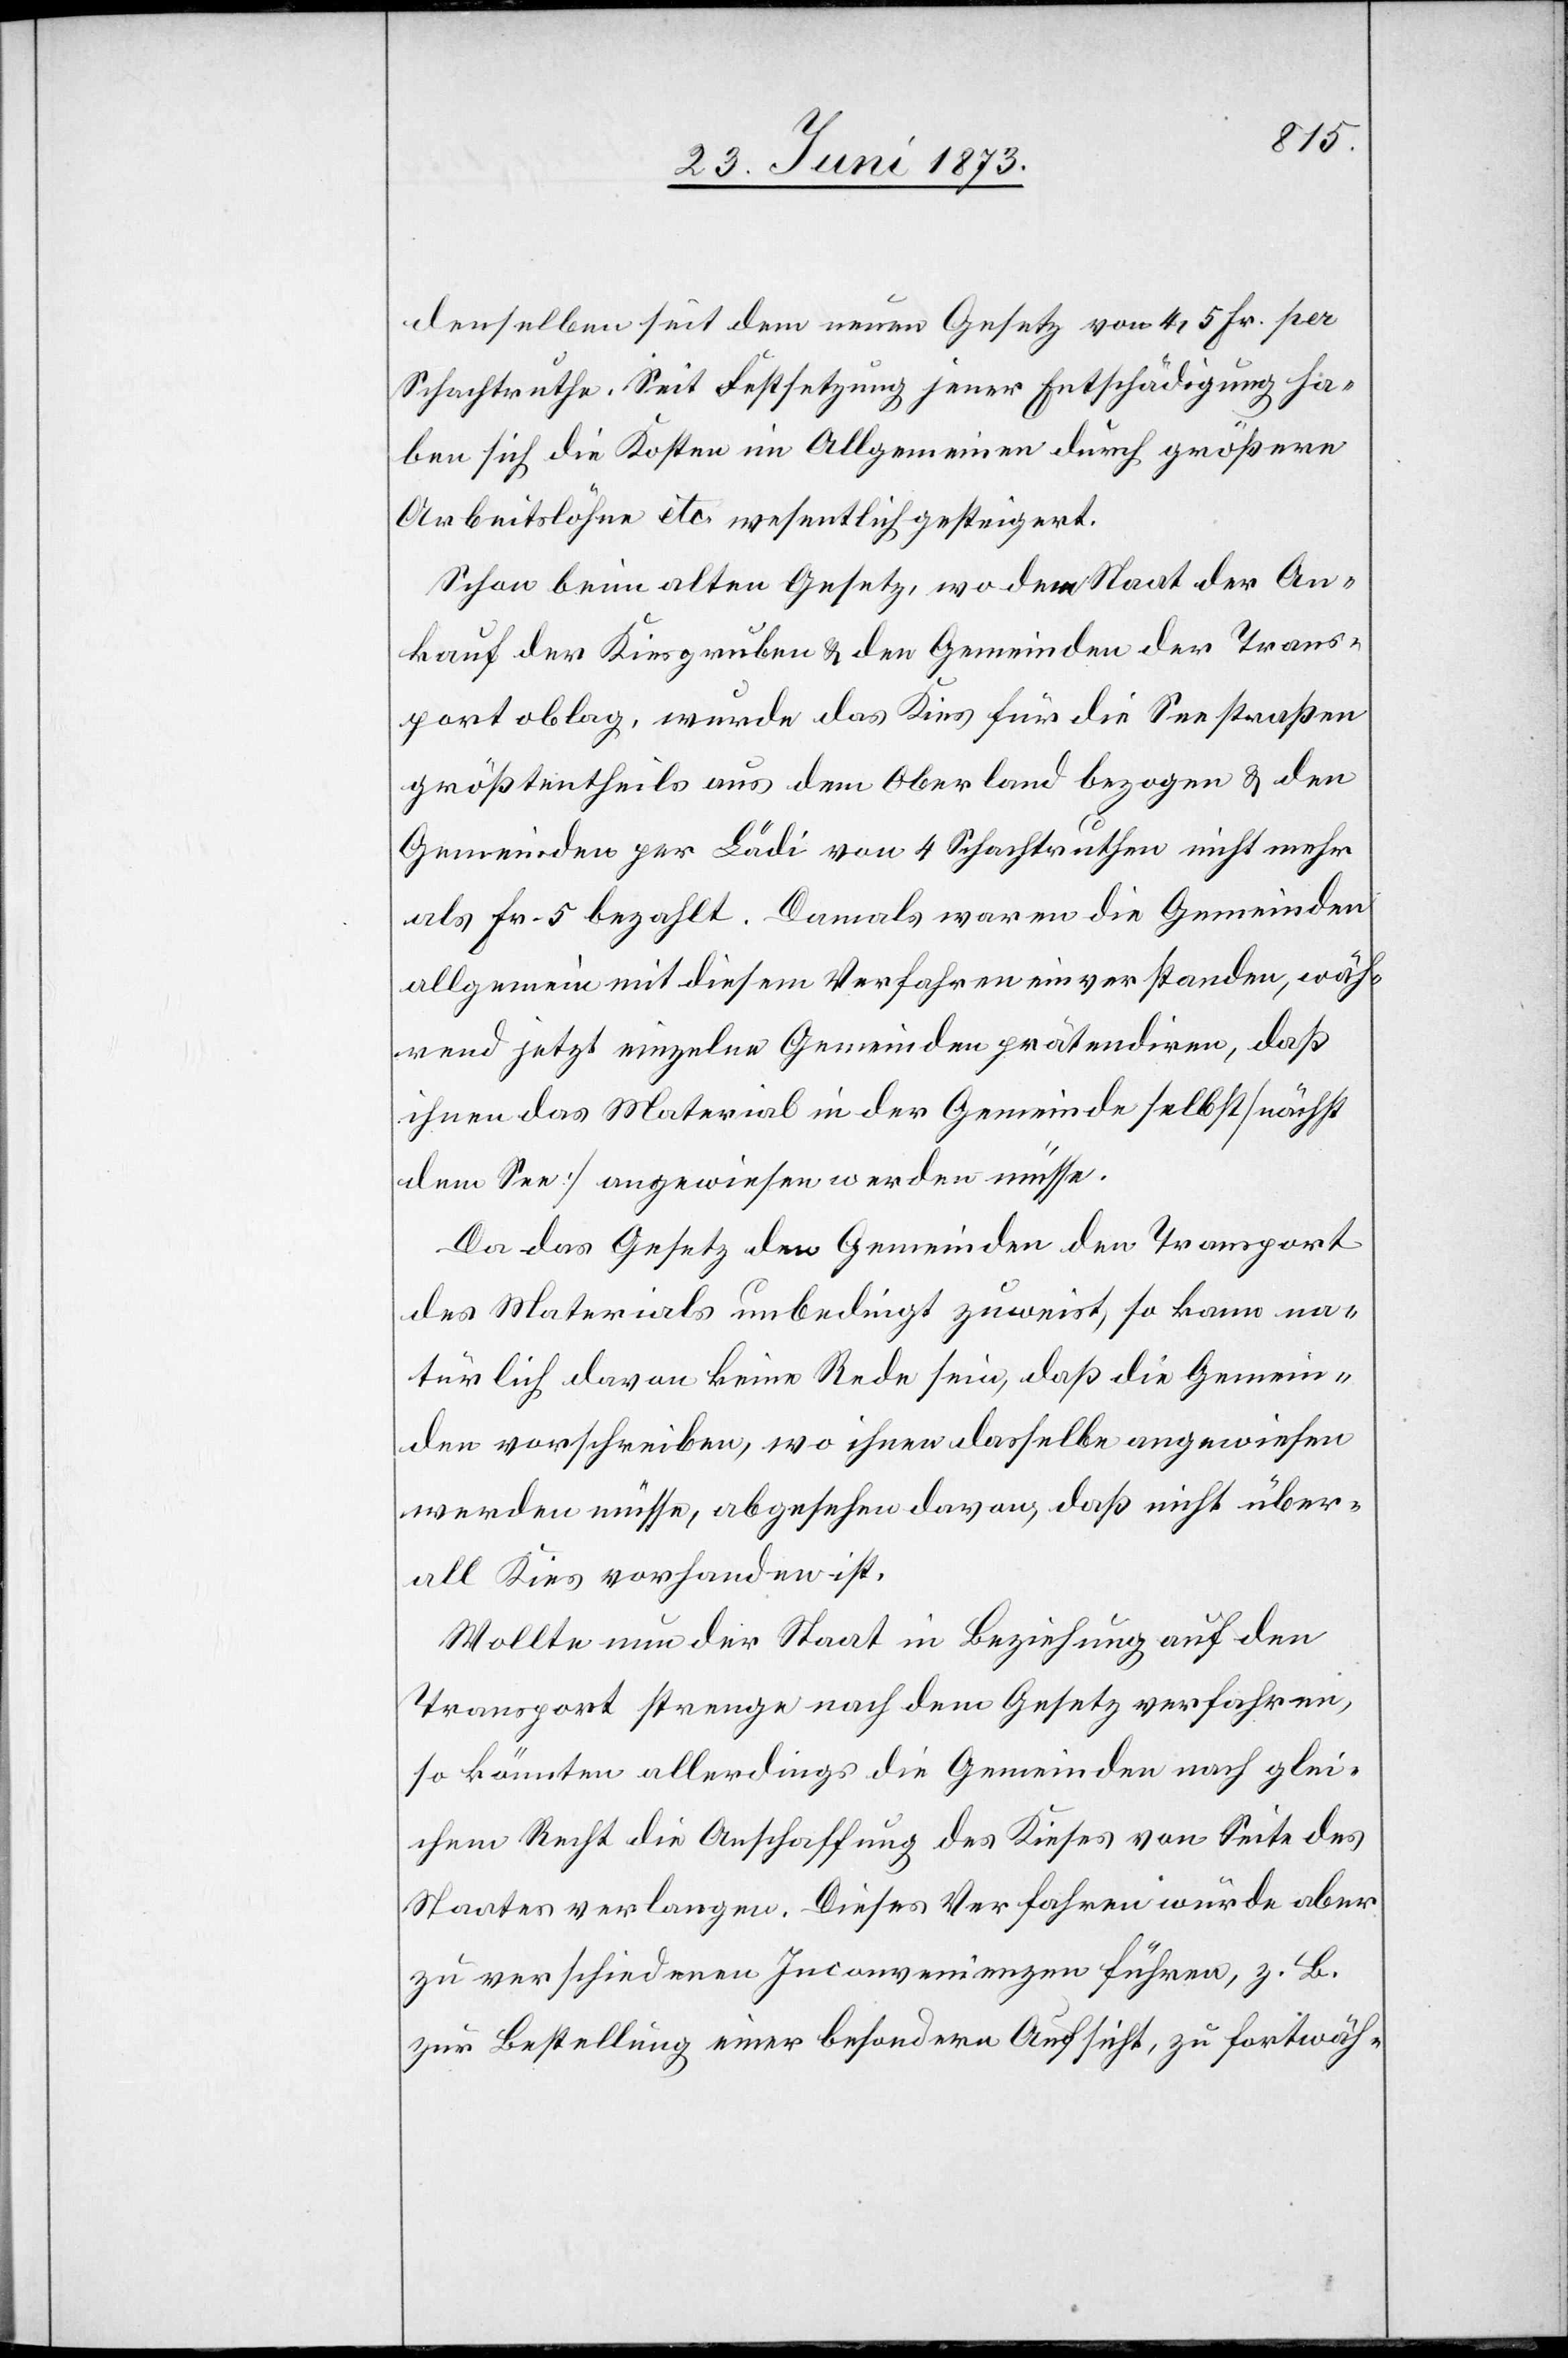
denselben seit dem neuen Gesetz von 4,5 Fr. per
Schachtruthe. Seit Festsetzung jener Entschädigung ha¬
ben sich die Kosten im Allgemeinen durch größere
Arbeitslöhne etc. wesentlich gesteigert.
Schon beim alten Gesetz, wo dem Staat der An¬
kauf der Kiesgruben & den Gemeinden der Trans¬
port oblag, wurde das Kies für die Seestraßen
größtentheils aus dem Oberland bezogen & den
Gemeinden per Lädi von 4 Schachtruthen nicht mehr
als Fr. 5 bezahlt. Damals waren die Gemeinden
allgemein mit diesem Verfahren einverstanden, wäh¬
rend jetzt einzelne Gemeinden prätendiren, daß
ihnen das Material in der Gemeinde selbst [nächst
dem See] angewiesen werden müsse.
Da das Gesetz den Gemeinden den Transport
des Materials unbedingt zuweist, so kann na¬
türlich davon keine Rede sein, daß die Gemein¬
den vorschreiben, wo ihnen dasselbe angewiesen
werden müsse, abgesehen davon, daß nicht über¬
all Kies vorhanden ist.
Wollte nun der Staat in Beziehung auf den
Transport strenge nach dem Gesetz verfahren,
so könnten allerdings die Gemeinden nach glei¬
chem Recht die Anschaffung des Kieses von Seite des
Staates verlangen. Dieses Verfahren würde aber
zu verschiedenen Inconvenienzen führen, z. B.
zur Bestellung einer besondern Aufsicht, zu fortwäh-